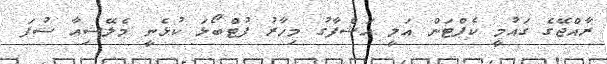
ރާއްޖޭގެ ގައުމީ ކެޕްޓަން އަލީ އަޝްފާގު މިހާރު ފުޓްބޯޅަ ކުޅެނީ މެލޭޝިއާ ސުޕަ